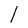
Character: l